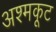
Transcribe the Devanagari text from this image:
अश्मकूट